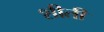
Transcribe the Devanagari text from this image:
शीती